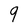
Character: 9